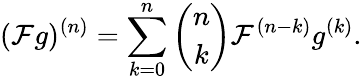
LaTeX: (\mathcal{F}g)^{(n)}=\sum_{k=0}^{n}{\binom{n}{k}}\mathcal{F}^{(n-k)}g^{(k)}.